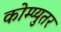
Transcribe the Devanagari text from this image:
कोम्प्युतर